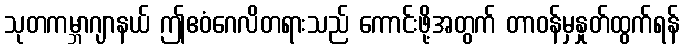
သုတကမ္ဘာဂျာနယ် ဤဧဝံဂေလိတရားသည် ကောင်းဖို့အတွက် တာဝန်မှနှုတ်ထွက်ရန်